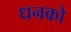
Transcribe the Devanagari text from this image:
धनको